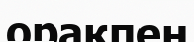
орақпен